Civil Veterinary Dept. Assam report 1911-1927 - 1911-1927
Year: 1911
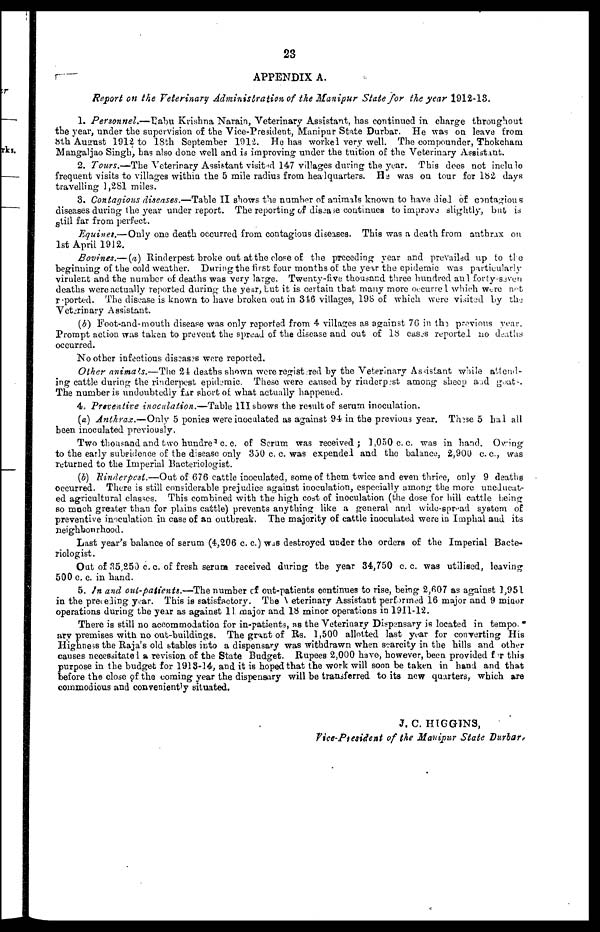
23
APPENDIX A.
Report on the Veterinary Administration of the Manipur State for the year 1912-13.
1. Personnel.—Babu Krishna Narain, Veterinary Assistant, has continued in charge throughout
the year, under the supervision of the Vice-President, Manipur State Durbar. He was on leave from
8th August 1912 to 18th September 1912. Ho has worked very well. The compounder, Thokcham
Mangaljao Singh, has also done well and is improving under the tuition of the Veterinary Assistant,
2. Tours.—The Veterinary Assistant visited 147 villages during the year. This does not inclulo
frequent visits to villages within the 5 mile radius from headquarters. Ha was on tour for 182 days
travelling 1,281 miles.
3. Contagious diseases.—Table II shows the number of animals known to have died of contagious
diseases during the year under report. The reporting of disease continues to improve slightly, but is
still far from perfect.
Equities.—Only one death occurred from contagious diseases. This was a death from anthrax on
1st April 1912.
Bovines.— (a) Rinderpest broke out at the close of the preceding year and prevailed up to the
beginning of the cold weather. During the first four months of the year the epidemic was particularly
virulent and the number of deaths was very large. Twenty-five thousand three hundred and forty-seven
deaths were actually reported during the year, but it is certain that many more occurrel which were not
reported. The disease is known to have broken out in 316 villages, 198 of which were visited by the
Veterinary Assistant.
(b) Foot-and-mouth disease was only reported from 4 villages as against 76 in the previous year.
Prompt action was taken to prevent the spread of the disease and out of 18 cases reported no deaths
occurred.
No other infectious diseases were reported.
Other animals.—The 24 deaths shown were registered by the Veterinary Assistant while attend-
ing cattle during the rinderpest epidemic. These were caused by rinderpest among sheep and goat-.
The number is undoubtedly far short of what actually happened-
4 Preventive inoculation.—Table III shows the result of serum inoculation.
(a) Anthrax.—Only 5 ponies were inoculated as against 94 in the previous year. These 5 hal all
been inoculated previously.
Two thousand and two hundred c. c. of Scrum was received 1,050 c. c. was in hand. Owing
to the early subpidence of the disease only 350 c. c. was expended and the balance, 2,900 c. c, was
returned to the Imperial Bacteriologist.
(b) "Rinderpest.—Out of 676 cattle inoculated, some of them twice and even thrice, only 9 deaths
occurred. There is still considerable prejudice against inoculation, especially among the more uneducat-
ed agricultural classes. This combined with the high cost of inoculation (the dose for hill cattle being
so much greater than for plains cattle) prevents anything like a general and wide-spr-ad system of
preventive inoculation in case of an outbreak. The majority of cattle inoculated were in Imphal and its
neighborhood.
Last year's balance of serum (4,206 c. c.) was destroyed under the orders of the Imperial Bacte-
riologist.
Out of 35,250 c. c. of fresh serum, received during the year 34,750 c. c. was utilised, leaving
500 c. c. in hand.
5. In and out-patients.—The number of out-patients continues to rise, being 2,607 as against 1,951
in the preceding year. This is satisfactory. The Veterinary Assistant performed 16 major and 9 minor
operations during the year as against 11 major and 18 minor operations in 1911-12.
There is still no accommodation for in-patients, as the Veterinary Dispensary is located in tempo,
ary premises with no out-buildings. The grant of Rs. 1,500 allotted last year for converting His
Highness the Raja's old stables into a dispensary was withdrawn when scarcity in the hills and other
causes necessitated a revision of the State Budget. Rupees 2,000 have, however, been provided for this
purpose in the budget for 1913-14, and it is hoped that the work will soon be taken in hand and that
before the close of the coming year the dispensary will be transferred to its new quarters, which are
commodious and conveniently situated.
J. C. HIGGTNS,
Vice-Ptesident of the Manipur State Durbar,